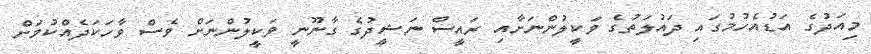
މިއަދުގެ އަޑުއެހުމުގައި ދައުލަތުގެ ވަކީލުންނަށާއި ރައީސް ނަޝީދުގެ ގާނޫނީ ވަކީލުންނަށް ވެސް ވާހަކަދެއްކުމަށް